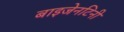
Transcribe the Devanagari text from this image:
बाइजेनटिनी